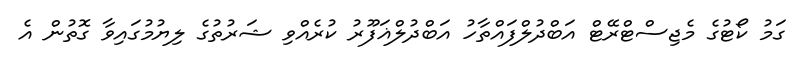
ގަމު ކޯޓުގެ މެޖިސްޓްރޭޓް އަބްދުލްފައްތާހު އަބްދުލްޣަފޫރު ކުރެއްވި ޝަރުތުގެ ލިޔުމުގައިވާ ގޮތުން އެ